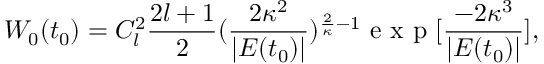
W _ { 0 } ( t _ { 0 } ) = C _ { l } ^ { 2 } \frac { 2 l + 1 } { 2 } ( \frac { 2 \kappa ^ { 2 } } { \left| { E ( t _ { 0 } ) } \right| } ) ^ { \frac { 2 } { \kappa } - 1 } \mathrm { ~ e ~ x ~ p ~ } [ \frac { - 2 \kappa ^ { 3 } } { \left| { E ( t _ { 0 } ) } \right| } ] ,